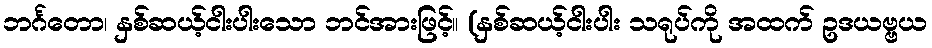
ဘင်္ဂတော၊ နှစ်ဆယ့်ငါးပါးသော ဘင်အားဖြင့်။ (နှစ်ဆယ့်ငါးပါး သရုပ်ကို အထက် ဥဒယဗ္ဗယ